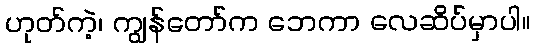
ဟုတ်ကဲ့၊ ကျွန်တော်က ဘေကာ လေဆိပ်မှာပါ။